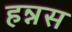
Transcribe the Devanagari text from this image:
हन्नस